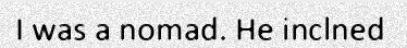
I was a nomad. He inclned